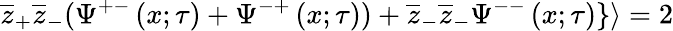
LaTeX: \overline{{{z}}}_{+}\overline{{{z}}}_{-}(\Psi^{+-}\left(x;\tau\right)+\Psi^{-+}\left(x;\tau\right))+\overline{{{z}}}_{-}\overline{{{z}}}_{-}\Psi^{--}\left(x;\tau\right)\} \rangle=2